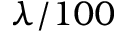
\lambda / 1 0 0